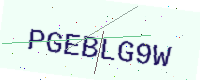
Text: PGEBLG9W